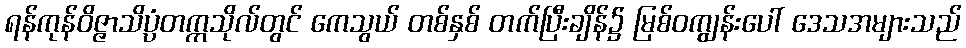
ရန်ကုန်ဝိဇ္ဇာသိပ္ပံတက္ကသိုလ်တွင် ကေသွယ် တစ်နှစ် တက်ပြီးချိန်၌ မြစ်ဝကျွန်းပေါ် ဒေသအများသည်